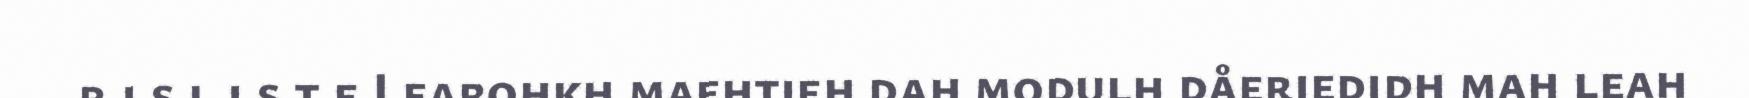
r i s l i s t e Learohkh maehtieh dah modulh dåeriedidh mah leah